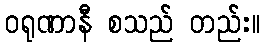
ဝရုဏာနီ စသည် တည်း။